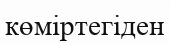
көміртегіден